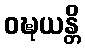
ဝဍ္ဎယန္တိ